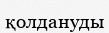
қолдануды